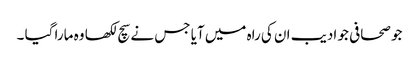
جو صحافی جو ادیب ان کی راہ میں آیا جس نے سچ لکھا وہ مارا گیا ۔